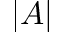
| A |